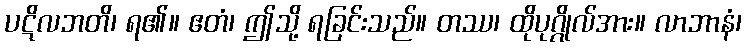
ပဋိလဘတိ၊ ရ၏။ ဧတံ၊ ဤသို့ ရခြင်းသည်။ တဿ၊ ထိုပုဂ္ဂိုလ်အား။ လာဘာနံ၊